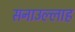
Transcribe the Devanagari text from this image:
सनाउल्‍लाह